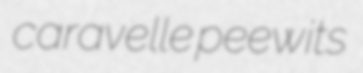
caravelle peewits